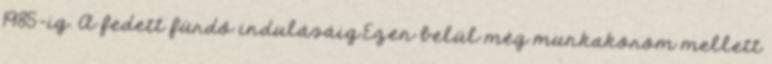
1985-ig. A fedett fürdő indulásáig.Ezen belül még munkaköröm mellett